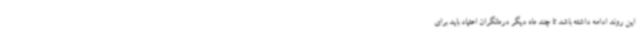
این روند ادامه داشته باشد تا چند ماه دیگر درمانگران اعتیاد باید برای